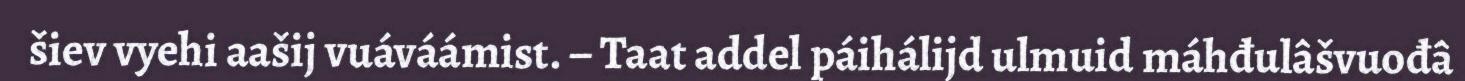
šiev vyehi aašij vuáváámist. – Taat addel páihálijd ulmuid máhđulâšvuođâ